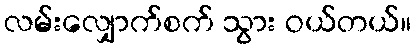
လမ်းလျှောက်စက် သွား ဝယ်တယ်။